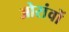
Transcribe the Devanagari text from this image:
ओरांवों